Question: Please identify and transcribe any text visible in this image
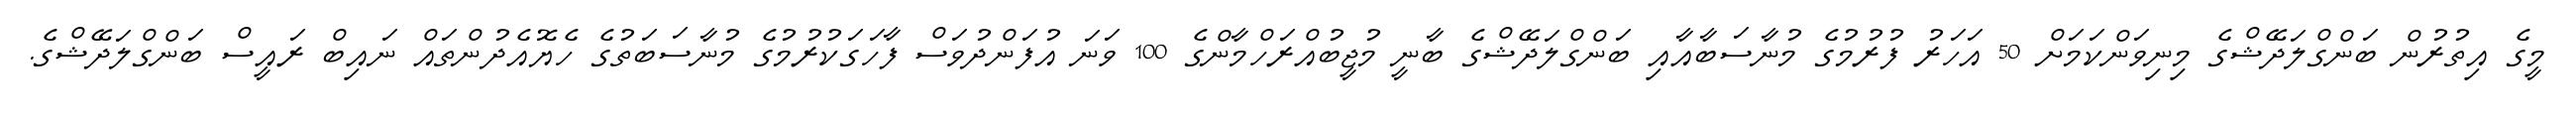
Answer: މީގެ އިތުރުން ބަންގްލަދޭޝްގެ މިނިވަންކަމަށް 50 އަހަރު ފުރުމުގެ މުނާސަބާއާއި ބަންގްލަދޭޝްގެ ބާނީ މުޖީބުއްރަހްމާންގެ 100 ވަނަ އުފަންދުވަސް ފާހަގަކުރުމުގެ މުނާސަބަތުގެ ހެޔޮއެދުންތައް ނައިބް ރައީސް ބަންގްލަދޭޝްގެ.